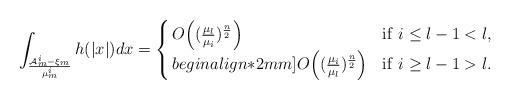
LaTeX: \begin{align*}\int_{\frac{\mathcal{A}_m^i-\xi_m}{\mu_m^i}}h(|x|)dx =\left\{ \arraycolsep=1.5pt \begin{array}{lll}O\Big((\frac{\mu_l}{\mu_i})^{\frac{n}{2}}\Big) \ \ & {\rm if}\ i\leq l-1<l, \\begin{align*}2mm]O\Big((\frac{\mu_i}{\mu_l})^{\frac{n}{2}}\Big) \ \ & {\rm if}\ i\geq l-1>l.\end{array}\right.\end{align*}